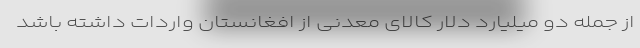
از جمله دو میلیارد دلار کالای معدنی از افغانستان واردات داشته باشد